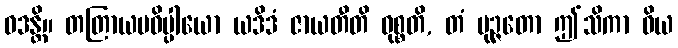
ဝဒန္တိ။ တတြာယမဓိပ္ပါယော ယဒိဒံ ဇာယတီတိ ဝုစ္စတိ, တံ မုဉ္ဇတော ဤသိကာ ဝိယ